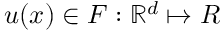
u ( \boldsymbol { x } ) \in F : \mathbb { R } ^ { d } \mapsto R